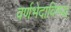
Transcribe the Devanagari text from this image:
वर्णभेदाविरुद्ध